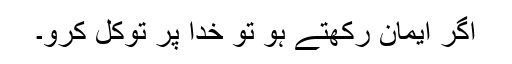
اگر ایمان رکھتے ہو تو خدا پر توکل کرو۔